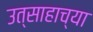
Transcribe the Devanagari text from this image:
उत्साहाच्या